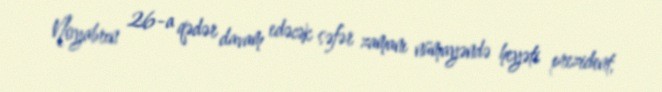
Noyabrın 26-a qədər davam edəcək səfər zamanı nümayəndə heyəti prezident,